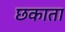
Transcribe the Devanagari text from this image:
छकाता